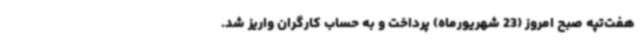
هفت‌تپه صبح امروز (23 شهریورماه) پرداخت و به حساب کارگران واریز شد.